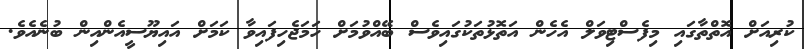
ކުރިއަށް އޮތްތާގައި މިފެސްޓިވަލް އެހެން އަތޮޅުތަކުގައިވެސް ބޭއްވުމަަށް ހަމަޖެހިފައިވާ ކަމަށް އައިޔޫސީއެންއިން ބުނެއެވެ.